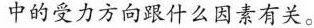
中的受力方向跟什么因素有关。